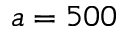
a = 5 0 0